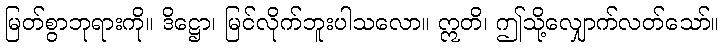
မြတ်စွာဘုရားကို။ ဒိဋ္ဌော၊ မြင်လိုက်ဘူးပါသလော။ ဣတိ၊ ဤသို့လျှောက်လတ်သော်။